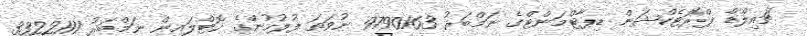
ޗައިލްޑް ޕްރޮޓެކްޝަން ޑިޕާޓްމަންޓްގެ ނަމްބަރު 9790163 ނުވަތަ ފުލުހުންގެ ހޮޓްލައިން ނަމްބަރު 3322111